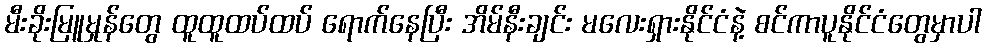
မီးခိုးမြူမှုန်တွေ ထူထူထပ်ထပ် ရောက်နေပြီး အိမ်နီးချင်း မလေးရှားနိုင်ငံနဲ့ စင်ကာပူနိုင်ငံတွေမှာပါ